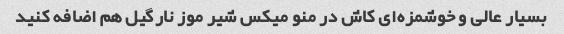
بسیار عالی و خوشمزه‌ای کاش در منو میکس شیر موز نارگیل هم اضافه کنید